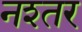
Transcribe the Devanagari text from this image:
नश्तर